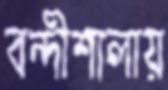
বন্দীশালায়